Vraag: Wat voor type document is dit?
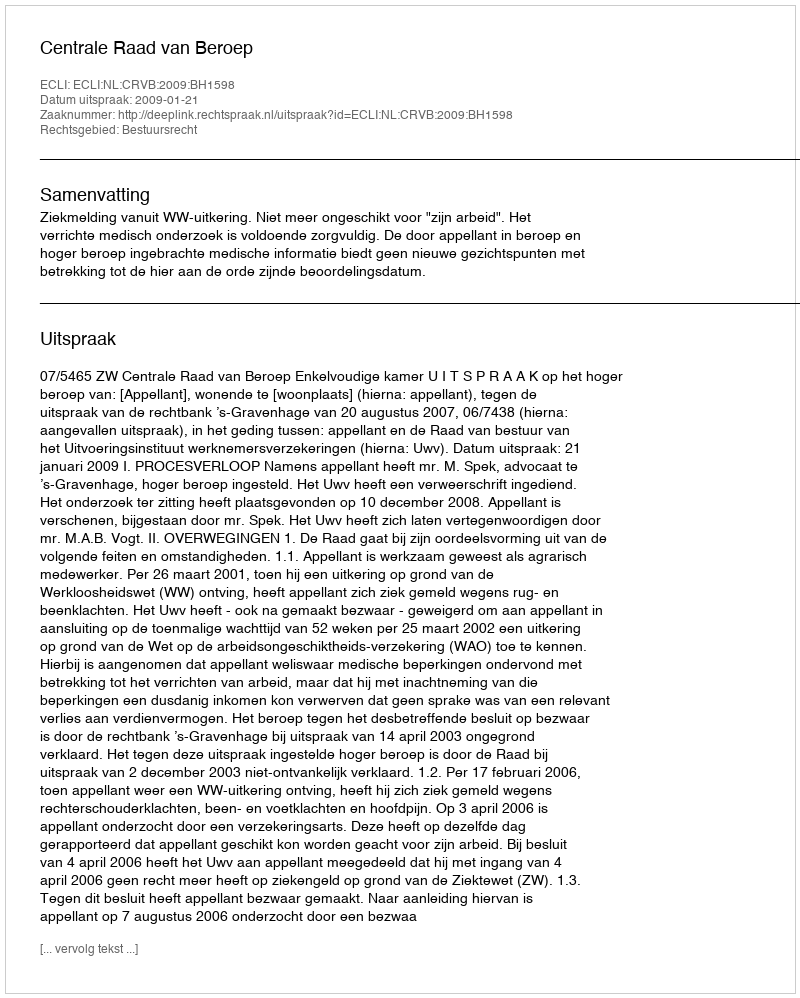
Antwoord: Uitspraak